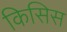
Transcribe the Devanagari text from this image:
किसिस